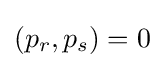
(p_{r},p_{s})=0